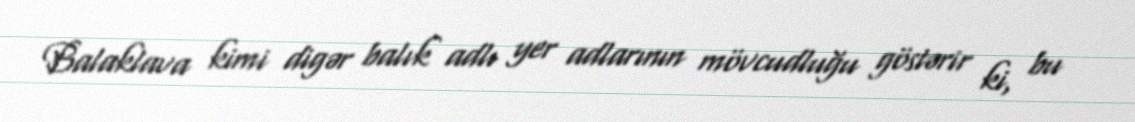
Balaklava kimi digər balık adlı yer adlarının mövcudluğu göstərir ki, bu